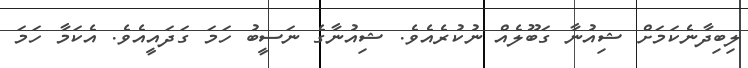
ލިބިދާނެކަމަށް ޝިއުނާ ގަބޫލެއް ނުކުރެއެވެ. ޝިއުނާގެ ނަސީބު ހަމަ ގަދައީއެެވެ. އެކަމާ ހަމަ